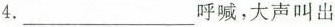
4.___呼喊，大声叫出